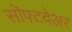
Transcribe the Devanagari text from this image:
सॊफ्टवेअर